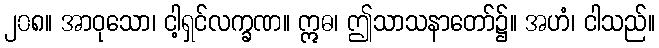
၂၀၈။ အာဝုသော၊ ငါ့ရှင်လက္ခဏ။ ဣဓ၊ ဤသာသနာတော်၌။ အဟံ၊ ငါသည်။